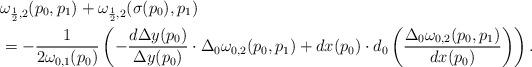
LaTeX: \begin{align*} &\omega_{\frac12,2}(p_0,p_1)+\omega_{\frac12,2}(\sigma(p_0),p_1)\\ &=-\frac{1}{2\omega_{0,1}(p_0)}\left(-\frac{d\Delta y(p_0)}{\Delta y(p_0)}\cdot\Delta_0\omega_{0,2}(p_0,p_1)+dx(p_0)\cdot d_0\left(\frac{\Delta_0\omega_{0,2}(p_0,p_1)}{dx(p_0)}\right)\right).\end{align*}